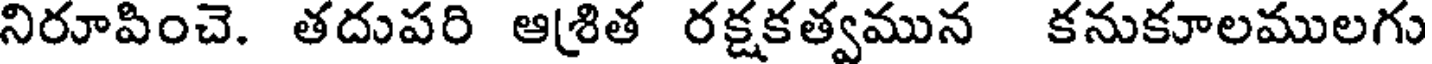
నిరూపించె. తదుపరి ఆ(శిత రక్షకత్వమున కనుకూలములగు